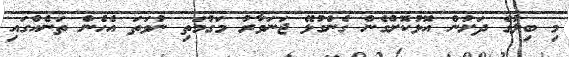
މި ބިލުގެ ދަށުން އޮޅުކޮށްގެން ގެންގުޅޭ ޖަނަވާރު މަގުމަތި ނުވަތަ އެހެން ތަނެއްގައި